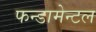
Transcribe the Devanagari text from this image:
फन्डामेन्टल